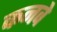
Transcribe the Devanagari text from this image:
कनवे